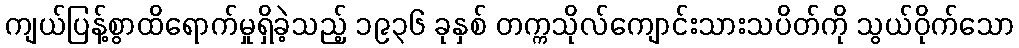
ကျယ်ပြန့်စွာထိရောက်မှုရှိခဲ့သည့် ၁၉၃၆ ခုနှစ် တက္ကသိုလ်ကျောင်းသားသပိတ်ကို သွယ်ဝိုက်သော